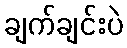
ချက်ချင်းပဲ